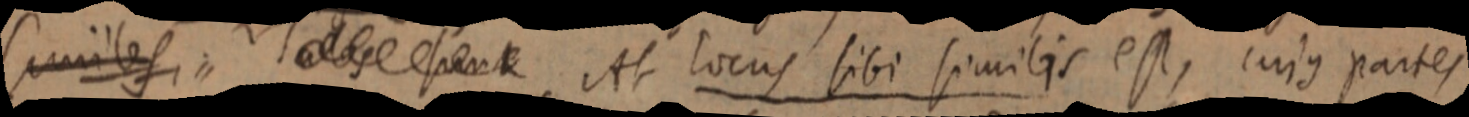
Similes, _ At locus sibi similis est, cujus partes